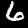
Digit: 6